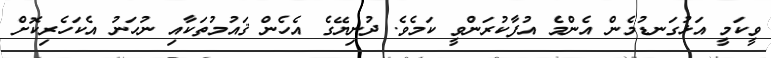
ވީކަމީ އަޅުގަނޑުމެން އެންމެ އުފާކުރަންވީ ކަމެވެ. ދުނިޔޭގެ އެހެން ޤައުމުތަކާއި ނުހަނު އެކަހެރިކޮށް